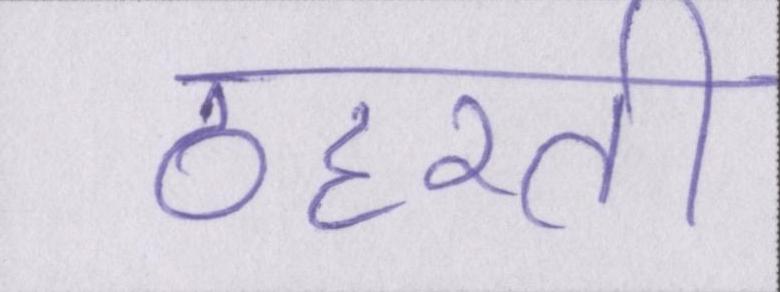
ठहरती